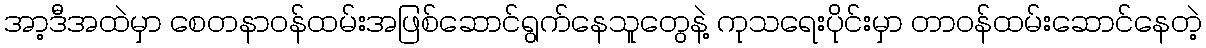
အာ့ဒီအထဲမှာ စေတနာဝန်ထမ်းအဖြစ်ဆောင်ရွက်နေသူတွေနဲ့ ကုသရေးပိုင်းမှာ တာဝန်ထမ်းဆောင်နေတဲ့